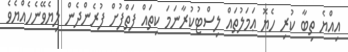
އިއްޔެ ތިބާ ކުރި ހެޔޮ ޢަމަލުތައް ލިސްޓުކުރާނަމަ ކިތައް ފަތްފުށް ފުރެންދެން ލިޔެވޭނެހެއްޔެވެ